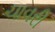
ચાવરી